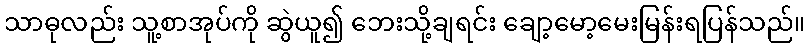
သာဓုလည်း သူ့စာအုပ်ကို ဆွဲယူ၍ ဘေးသို့ချရင်း ချော့မော့မေးမြန်းရပြန်သည်။